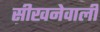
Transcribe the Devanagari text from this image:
सीखनेवाली